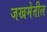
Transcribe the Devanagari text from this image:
जखमेतील